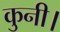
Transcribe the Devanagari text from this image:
कुनी।